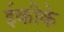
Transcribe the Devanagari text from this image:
ईकीके